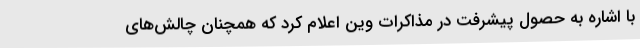
با اشاره به حصول پیشرفت در مذاکرات وین اعلام کرد که همچنان چالش‌های